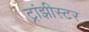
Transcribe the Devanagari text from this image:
ट्रांझीस्टर